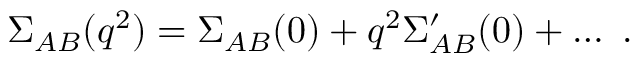
\Sigma _ { A B } ( q ^ { 2 } ) = \Sigma _ { A B } ( 0 ) + q ^ { 2 } \Sigma _ { A B } ^ { \prime } ( 0 ) + \ldots ~ .